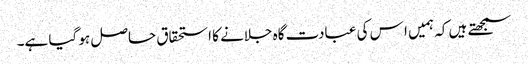
سمجھتے ہیں کہ ہمیں ا س کی عبادت گاہ جلانے کا استحقاق حاصل ہو گیا ہے۔